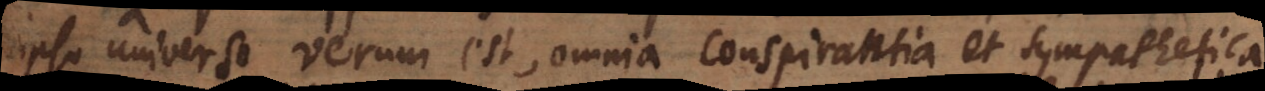
ipso universo verum est, omnia conspirantia et sympathetica